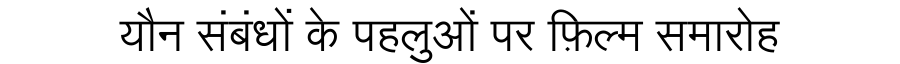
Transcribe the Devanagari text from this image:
यौन संबंधों के पहलुओं पर फ़िल्म समारोह